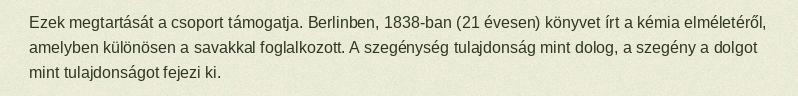
Ezek megtartását a csoport támogatja. Berlinben, 1838-ban (21 évesen) könyvet írt a kémia elméletéről, amelyben különösen a savakkal foglalkozott. A szegénység tulajdonság mint dolog, a szegény a dolgot mint tulajdonságot fejezi ki.